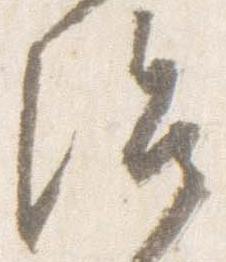
治